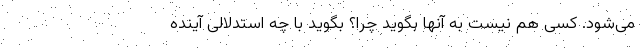
می‌شود. کسی هم نیست به آنها بگوید چرا؟ بگوید با چه استدلالی آینده